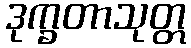
ဒုက္ခတာသုတ္တ